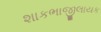
શાકભાજીલાયક